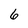
Character: 6